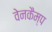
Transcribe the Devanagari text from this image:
वेनकैम्प